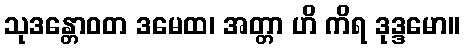
သုဒန္တောဝတ ဒမေထ၊ အတ္တာ ဟိ ကိရ ဒုဒ္ဒမော။